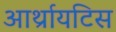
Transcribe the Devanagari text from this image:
आर्थ्रायटिस